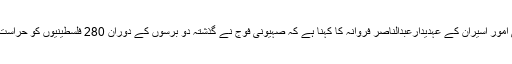
فلسطینی امور اسیران کے عہدیدارعبدالناصر فروانہ کا کہنا ہے کہ صہیونی فوج نے گذشتہ دو برسوں کے دوران 280 فلسطینیوں کو حراست میں لیا۔